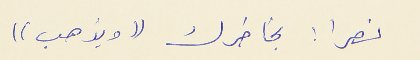
نصرا : بخاطرك (( ويذهب ))